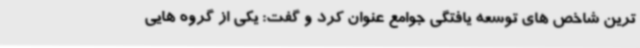
ترین شاخص های توسعه یافتگی جوامع عنوان کرد و گفت: یکی از گروه هایی